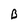
Character: B